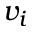
v _ { i }